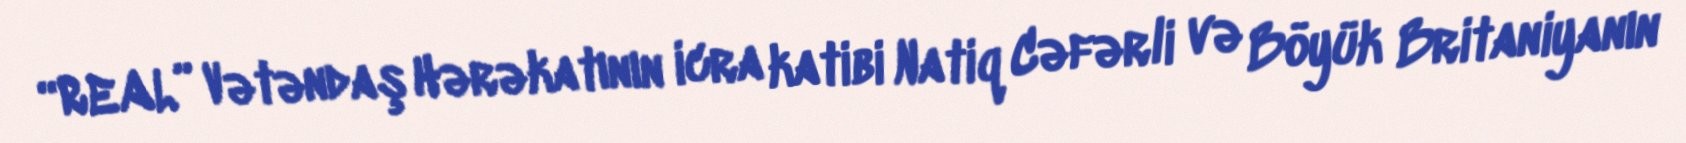
“REAL” Vətəndaş Hərəkatının icra katibi Natiq Cəfərli və Böyük Britaniyanın